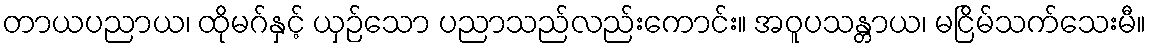
တာယပညာယ၊ ထိုမဂ်နှင့် ယှဉ်သော ပညာသည်လည်းကောင်း။ အဝူပသန္တာယ၊ မငြိမ်သက်သေးမီ။